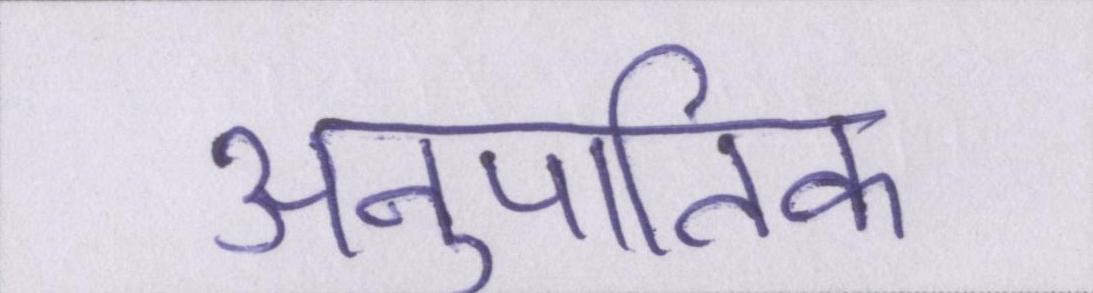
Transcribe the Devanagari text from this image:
अनुपातिक